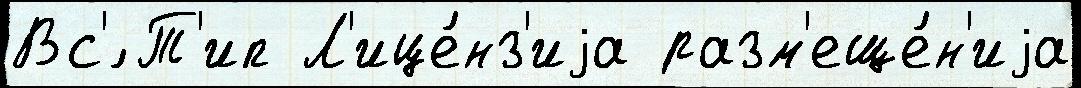
Вс'́ Т'ип Л'ице́нз'иjа разм'еще́н'иjа